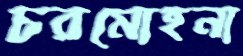
চরমোহনা